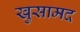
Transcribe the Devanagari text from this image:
खुसामद